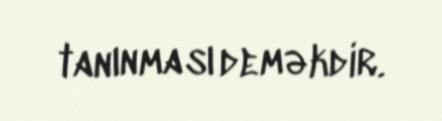
tanınması deməkdir.